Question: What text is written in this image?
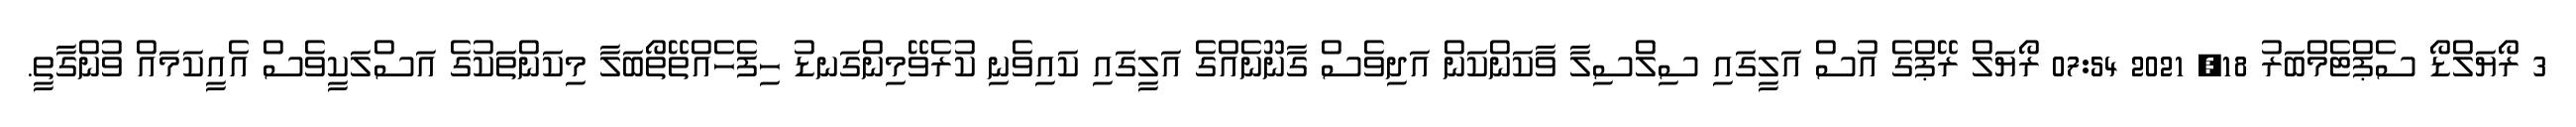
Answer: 3 ރޯޔަލްޑޯ ސެޕްޓެމްބަރު 18, 2021 07:54 ރޯޔަލް ރޭޕްގެ އުސް އަލީގައި ސިލްސިލާ ވާކަންކަން އަދިވެސް ގާނޫނެއްގެ އަލީގައި ކައިވެނި ކުރެވޭމިންގަނޑު ހިފެހެއްތޭތޯބަލާ މިކަންތަކުގެ އަސްލަކީވެސް އެއީކަމައް ވުންގާތީ.